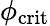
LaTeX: \phi_{\textrm{crit}}